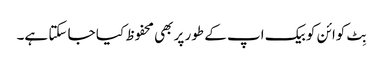
بِٹ کوائن کو بیک اپ کے طور پر بھی محفوظ کیا جا سکتا ہے۔